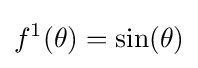
f^{1}(\theta )=\sin(\theta )